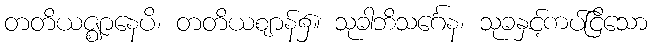
တတိယဇ္ဈာနေပိ၊ တတိယဈာန်၌။ သုခါဘိသင်္ဂေန၊ သုခနှင့်ကပ်ငြိသော